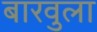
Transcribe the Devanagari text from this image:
बारवुला